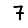
Digit: 7